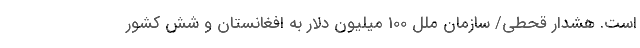
است. هشدار قحطی/ سازمان ملل 100 میلیون دلار به افغانستان و شش کشور